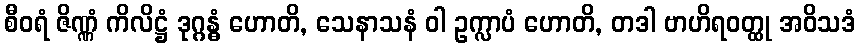
စီဝရံ ဇိဏ္ဏံ ကိလိဋ္ဌံ ဒုဂ္ဂန္ဓံ ဟောတိ, သေနာသနံ ဝါ ဥက္လာပံ ဟောတိ, တဒါ ဗာဟိရဝတ္ထု အဝိသဒံ